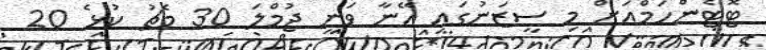
ޓޮޓެންހަމްއަށް މި ސީޒަނުގައި އޭނާ ވަނީ ޖުމްލަ 30 މެޗު ކުޅެ 20